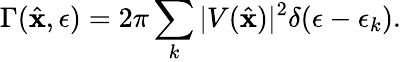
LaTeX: \Gamma(\hat{\mathbf{x}},\epsilon)=2\pi\sum_{k}|V(\hat{\mathbf{x}})|^{2}\delta(\epsilon-\epsilon_{k}).